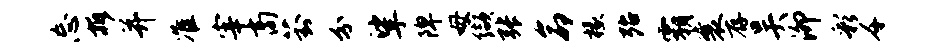
忘拆并准宰商葑分挲陴母缬张命椽殆霸襄存吴泖彩千